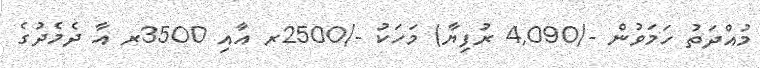
މުއްދަތު ހަމަވުން -/4